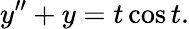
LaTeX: y^{\prime\prime}+y=t\cos t.